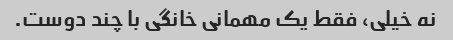
نه خیلی، فقط یک مهمانی خانگی با چند دوست.